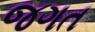
જગત